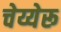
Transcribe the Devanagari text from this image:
चेय्येरू